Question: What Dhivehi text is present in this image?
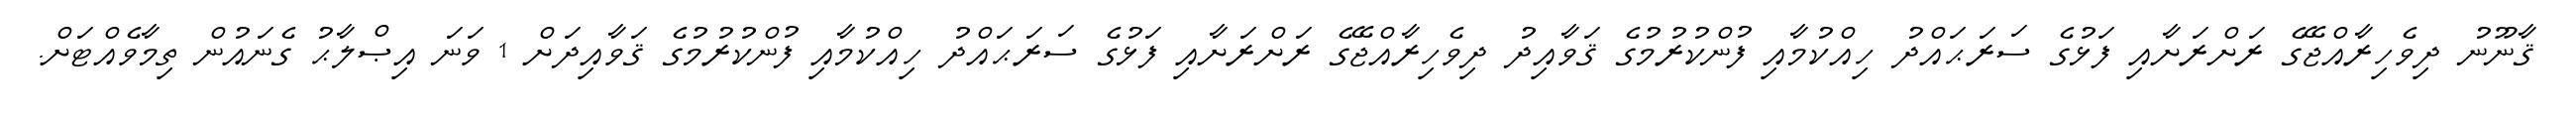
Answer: ޤާނޫނު ދިވެހިރާއްޖޭގެ ރަށްރަށާއި ފަޅުގެ ސަރަޙައްދު ހިއްކުމާއި ފުންކުރުމުގެ ޤަވާއިދު ދިވެހިރާއްޖޭގެ ރަށްރަށާއި ފަޅުގެ ސަރަޙައްދު ހިއްކުމާއި ފުންކުރުމުގެ ޤަވާއިދަށް 1 ވަނަ އިޞްލާޙު ގެނައުން ތިމާވެއްޓަށް.